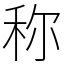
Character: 称